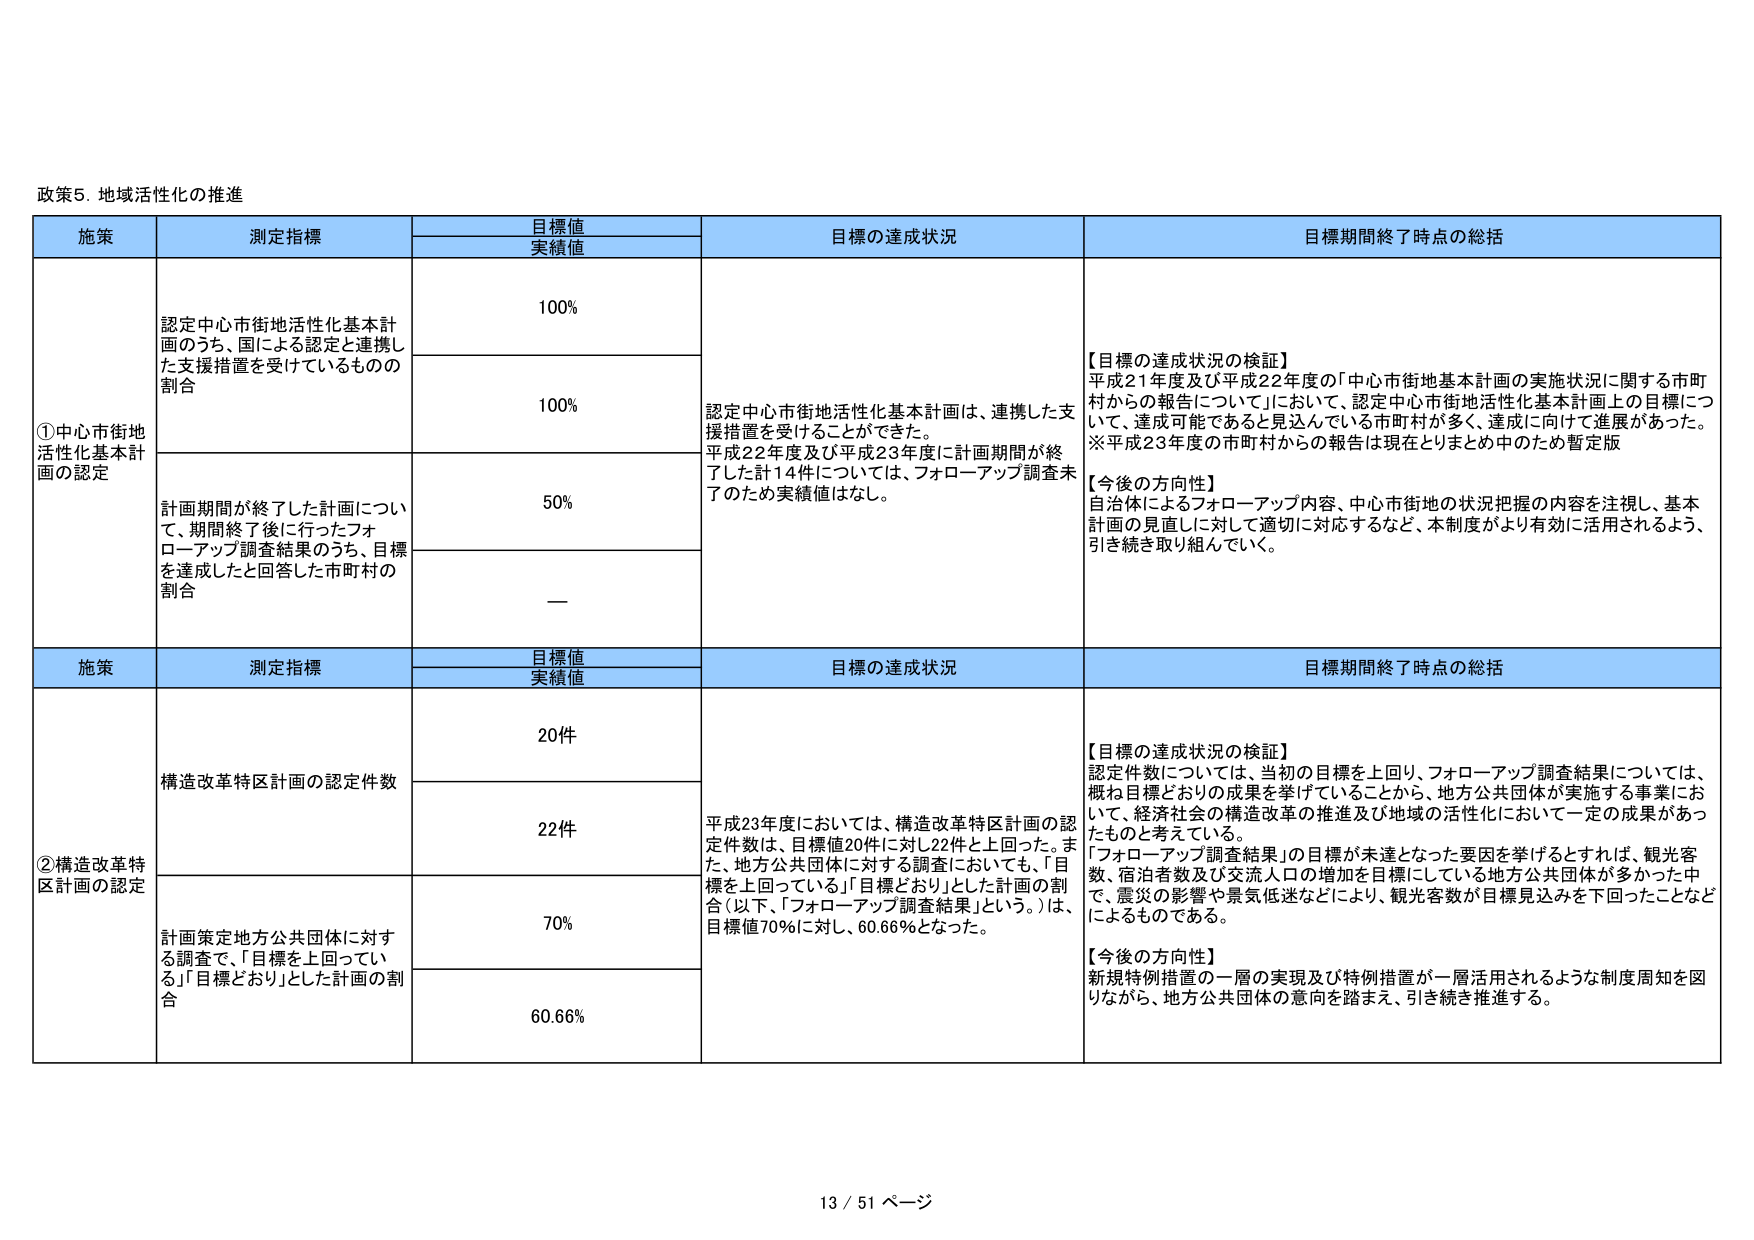
政策5. 地域活性化の推進

施策	測定指標	目標値	目標の達成状況	目標期間終了時点の総括
		実績値

①中心市街地活性化基本計画の認定	認定中心市街地活性化基本計画のうち、国による認定と連携した支援措置を受けているものの割合	100%	認定中心市街地活性化基本計画は、連携した支援措置を受けることができた。平成22年度及び平成23年度に計画期間が終了した計14件については、フォローアップ調査未了のため実績値はなし。	【目標の達成状況の検証】平成21年度及び平成22年度の「中心市街地基本計画の実施状況に関する市町村からの報告について」において、認定中心市街地活性化基本計画上の目標について、達成可能であると見込んでいる市町村が多く、達成に向けて進展があった。※平成23年度の市町村からの報告は現在とりまとめ中のため暫定版【今後の方針】自治体によるフォローアップ内容、中心市街地の状況把握の内容を注視し、基本計画の見直しに対して適切に対応するなど、本制度がより有効に活用されるよう、引き続き取り組んでいく。

		100%

	計画期間が終了した計画について、期間終了後に行ったフォローアップ調査結果のうち、目標を達成したと回答した市町村の割合	50%		—

		—

施策	測定指標	目標値	目標の達成状況	目標期間終了時点の総括
		実績値

②構造改革特区計画の認定	構造改革特区計画の認定件数	20件	平成23年度においては、構造改革特区計画の認定件数は、目標値20件に対し22件と上回った。また、地方公共団体に対する調査においても、「目標を上回っている」「目標どおり」とした計画の割合（以下、「フォローアップ調査結果」という。）は、目標値70%に対し、60.66%となった。	【目標の達成状況の検証】認定件数については、当初の目標を上回り、フォローアップ調査結果については、概ね目標どおりの成果を挙げていることから、地方公共団体が実施する事業において、経済社会の構造改革の推進及び地域の活性化において一定の成果があったものと考えている。「フォローアップ調査結果」の目標が未達となった要因を挙げるとなれば、観光客数、宿泊者数及び交流人口の増加を目標にしている地方公共団体が多かった中で、震災の影響や景気低迷などにより、観光客数が目標見込みを下回ったことなどによるものである。【今後の方針】新規特例措置の一層の実現及び特例措置が一層活用されるような制度周知を図りながら、地方公共団体の意向を踏まえ、引き続き推進する。

		22件

	計画策定地方公共団体に対する調査で、「目標を上回っている」「目標どおり」とした計画の割合	70%		60.66%

13 / 51 ページ